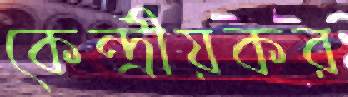
কেন্দ্রীয়কর